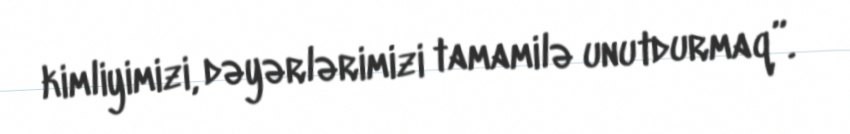
kimliyimizi, dəyərlərimizi tamamilə unutdurmaq”.